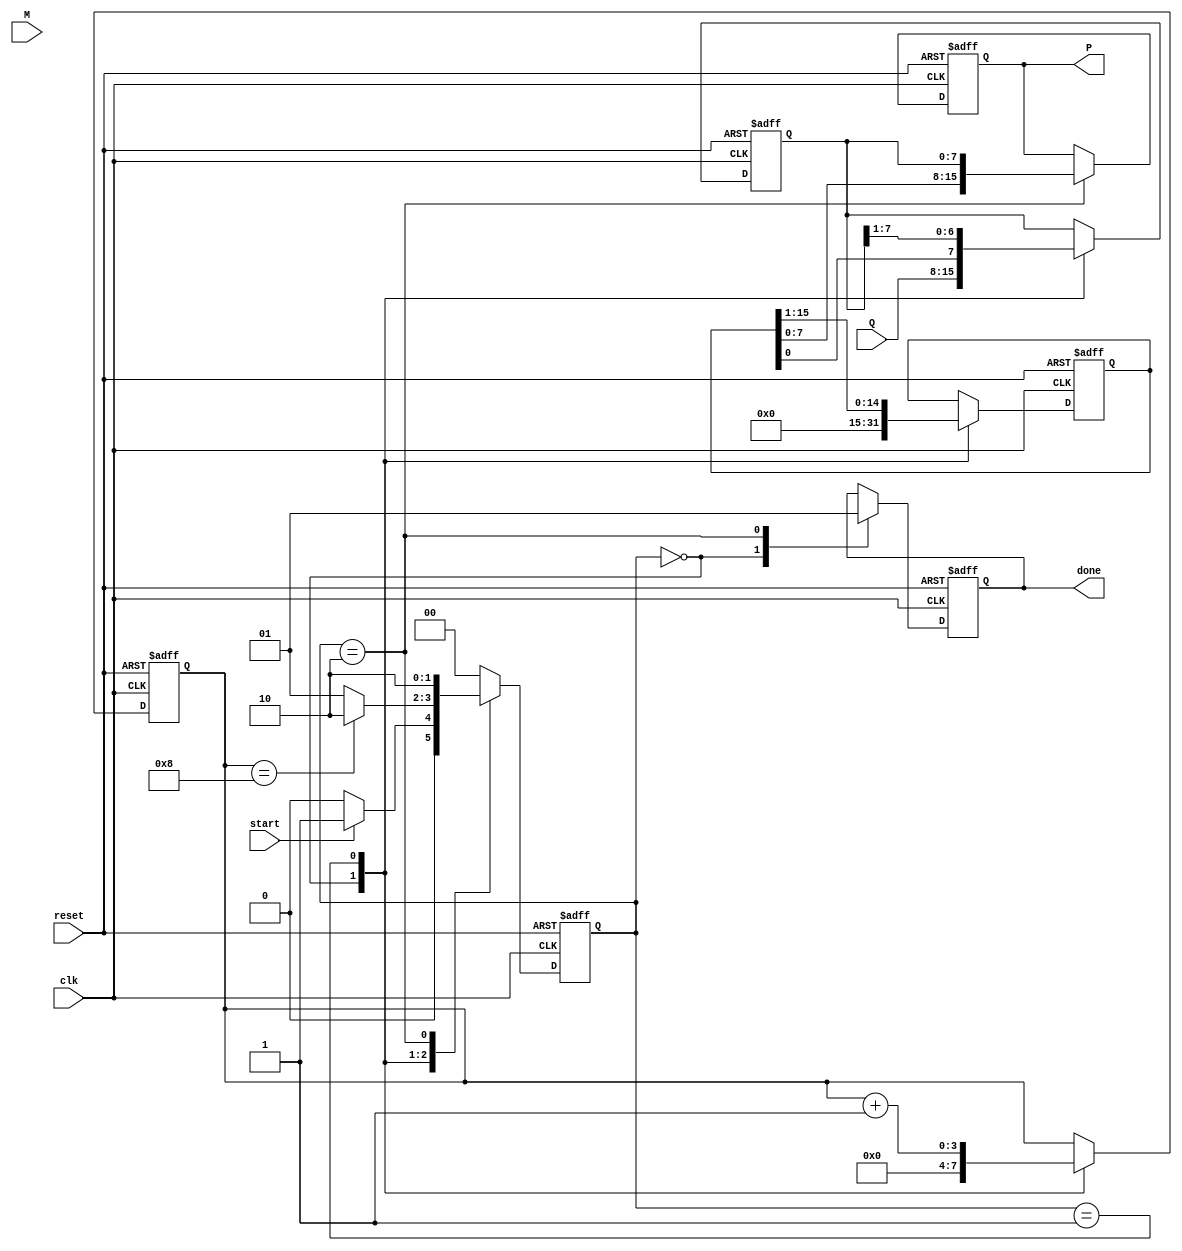
module booth_multiplier #(
    parameter N = 8 // Bit-width of multiplicand and multiplier
) (
    input wire [N-1:0] M,          // Multiplicand
    input wire [N-1:0] Q,          // Multiplier
    input wire start,              // Start signal
    input wire clk,                // Clock signal
    input wire reset,              // Reset signal
    output reg [2*N-1:0] P,        // Product
    output reg done                // Done signal
);

    reg [N-1:0] Q_reg;             // Multiplier register
    reg [N-1:0] M_reg;             // Multiplicand register
    reg [2*N-1:0] A;               // Accumulator register
    reg Q_1;                       // Previous bit of Q
    reg [3:0] count;               // Iteration counter

    // State machine states
    localparam IDLE = 2'b00,
               RUN  = 2'b01,
               DONE = 2'b10;

    reg [1:0] state, next_state;

    // State transition
    always @(posedge clk or posedge reset) begin
        if (reset) begin
            state <= IDLE;
        end else begin
            state <= next_state;
        end
    end

    // Next state logic
    always @(*) begin
        case (state)
            IDLE: begin
                if (start) begin
                    next_state = RUN;
                end else begin
                    next_state = IDLE;
                end
            end
            RUN: begin
                if (count == N) begin
                    next_state = DONE;
                end else begin
                    next_state = RUN;
                end
            end
            DONE: begin
                next_state = DONE; // Remain in DONE state
            end
            default: next_state = IDLE;
        endcase
    end

    // Control logic and operations
    always @(posedge clk or posedge reset) begin
        if (reset) begin
            A <= 0;
            Q_reg <= 0;
            M_reg <= 0;
            Q_1 <= 0;
            count <= 0;
            P <= 0;
            done <= 0;
        end else begin
            case (state)
                IDLE: begin
                    A <= 0;
                    Q_reg <= Q;
                    M_reg <= M;
                    Q_1 <= 0;
                    count <= 0;
                    done <= 0;
                end
                RUN: begin
                    // Check the last two bits of Q
                    case ({Q_reg[0], Q_1})
                        2'b01: A <= A + {M_reg, {N{1'b0}}}; // Add M
                        2'b10: A <= A - {M_reg, {N{1'b0}}}; // Subtract M
                        default: ; // No operation
                    endcase

                    // Shift A and Q
                    {A, Q_reg} <= {A, Q_reg} >> 1;
                    Q_1 <= Q_reg[0]; // Update Q_1
                    count <= count + 1;
                end
                DONE: begin
                    P <= {A[N-1:0], Q_reg}; // Combine A and Q for final product
                    done <= 1; // Indicate multiplication is done
                end
            endcase
        end
    end
endmodule